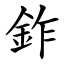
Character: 鈼